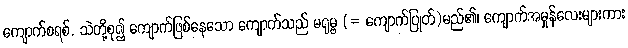
ကျောက်စရစ်, သဲတို့စု၍ ကျောက်ဖြစ်နေသော ကျောက်သည် မရုမ္ဗ (= ကျောက်ပြုတ်)မည်၏၊ ကျောက်အမှုန်လေးများကား